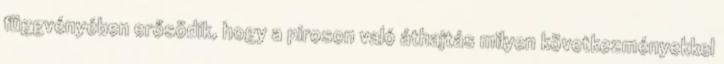
függvényében erősödik, hogy a piroson való áthajtás milyen következményekkel